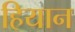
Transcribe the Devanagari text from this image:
हियान